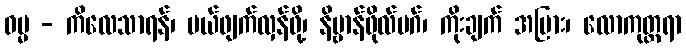
ဓမ္မ - ကိလေသာရန်၊ ပယ်ဖျက်လှန်ဖို့၊ နိဗ္ဗာန်ဖိုလ်မဂ်၊ ကိုးချက် အပြား၊ လောကုတ္တရာ